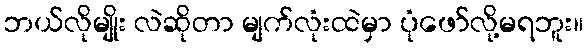
ဘယ်လိုမျိုး လဲဆိုတာ မျက်လုံးထဲမှာ ပုံဖော်လို့မရဘူး။